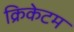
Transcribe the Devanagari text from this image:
क्रिकेटम